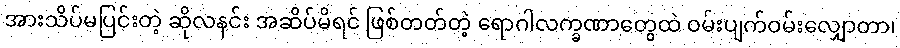
အားသိပ်မပြင်းတဲ့ ဆိုလနင်း အဆိပ်မိရင် ဖြစ်တတ်တဲ့ ရောဂါလက္ခဏာတွေထဲ ဝမ်းပျက်ဝမ်းလျှောတာ၊